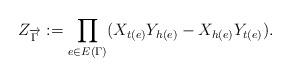
LaTeX: \begin{align*}Z_{\overrightarrow{\Gamma}} := \prod_{e \in E(\Gamma)}(X_{t(e)}Y_{h(e)} - X_{h(e)}Y_{t(e)}).\end{align*}